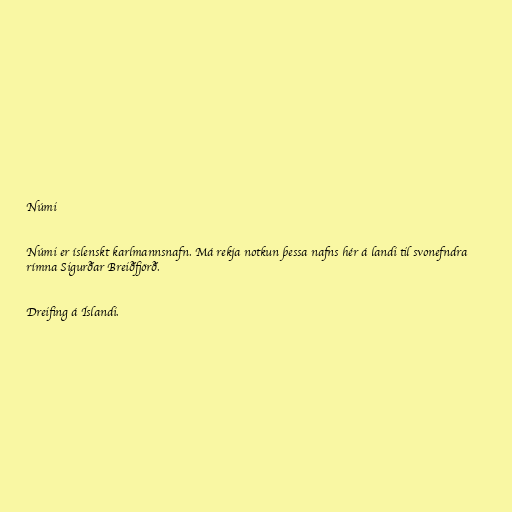
Númi

Númi er íslenskt karlmannsnafn. Má rekja notkun þessa nafns hér á landi til svonefndra
rímna Sigurðar Breiðfjörð.

Dreifing á Íslandi.